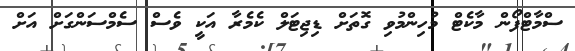
ސްމާޓްފޯން މާކެޓް މުހިންމުވި ގޮތަށް ޑިޖިޓަލް ކެމެރާ އަކީ ވެސް ސެމްސަންގަށް އަށް